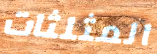
المثلثات